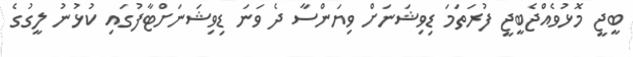
ބީޖީ މޮޅުވެއްޖެބީޖީ ފުރަތަމަ ޑިވިޝަނަށް ވިޔަންސާ ދެ ވަނަ ޑިވިޝަނަށްޓާފުގައި ކުޅުނު ލީގުގެ